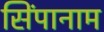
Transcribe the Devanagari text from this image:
सिंपानाम